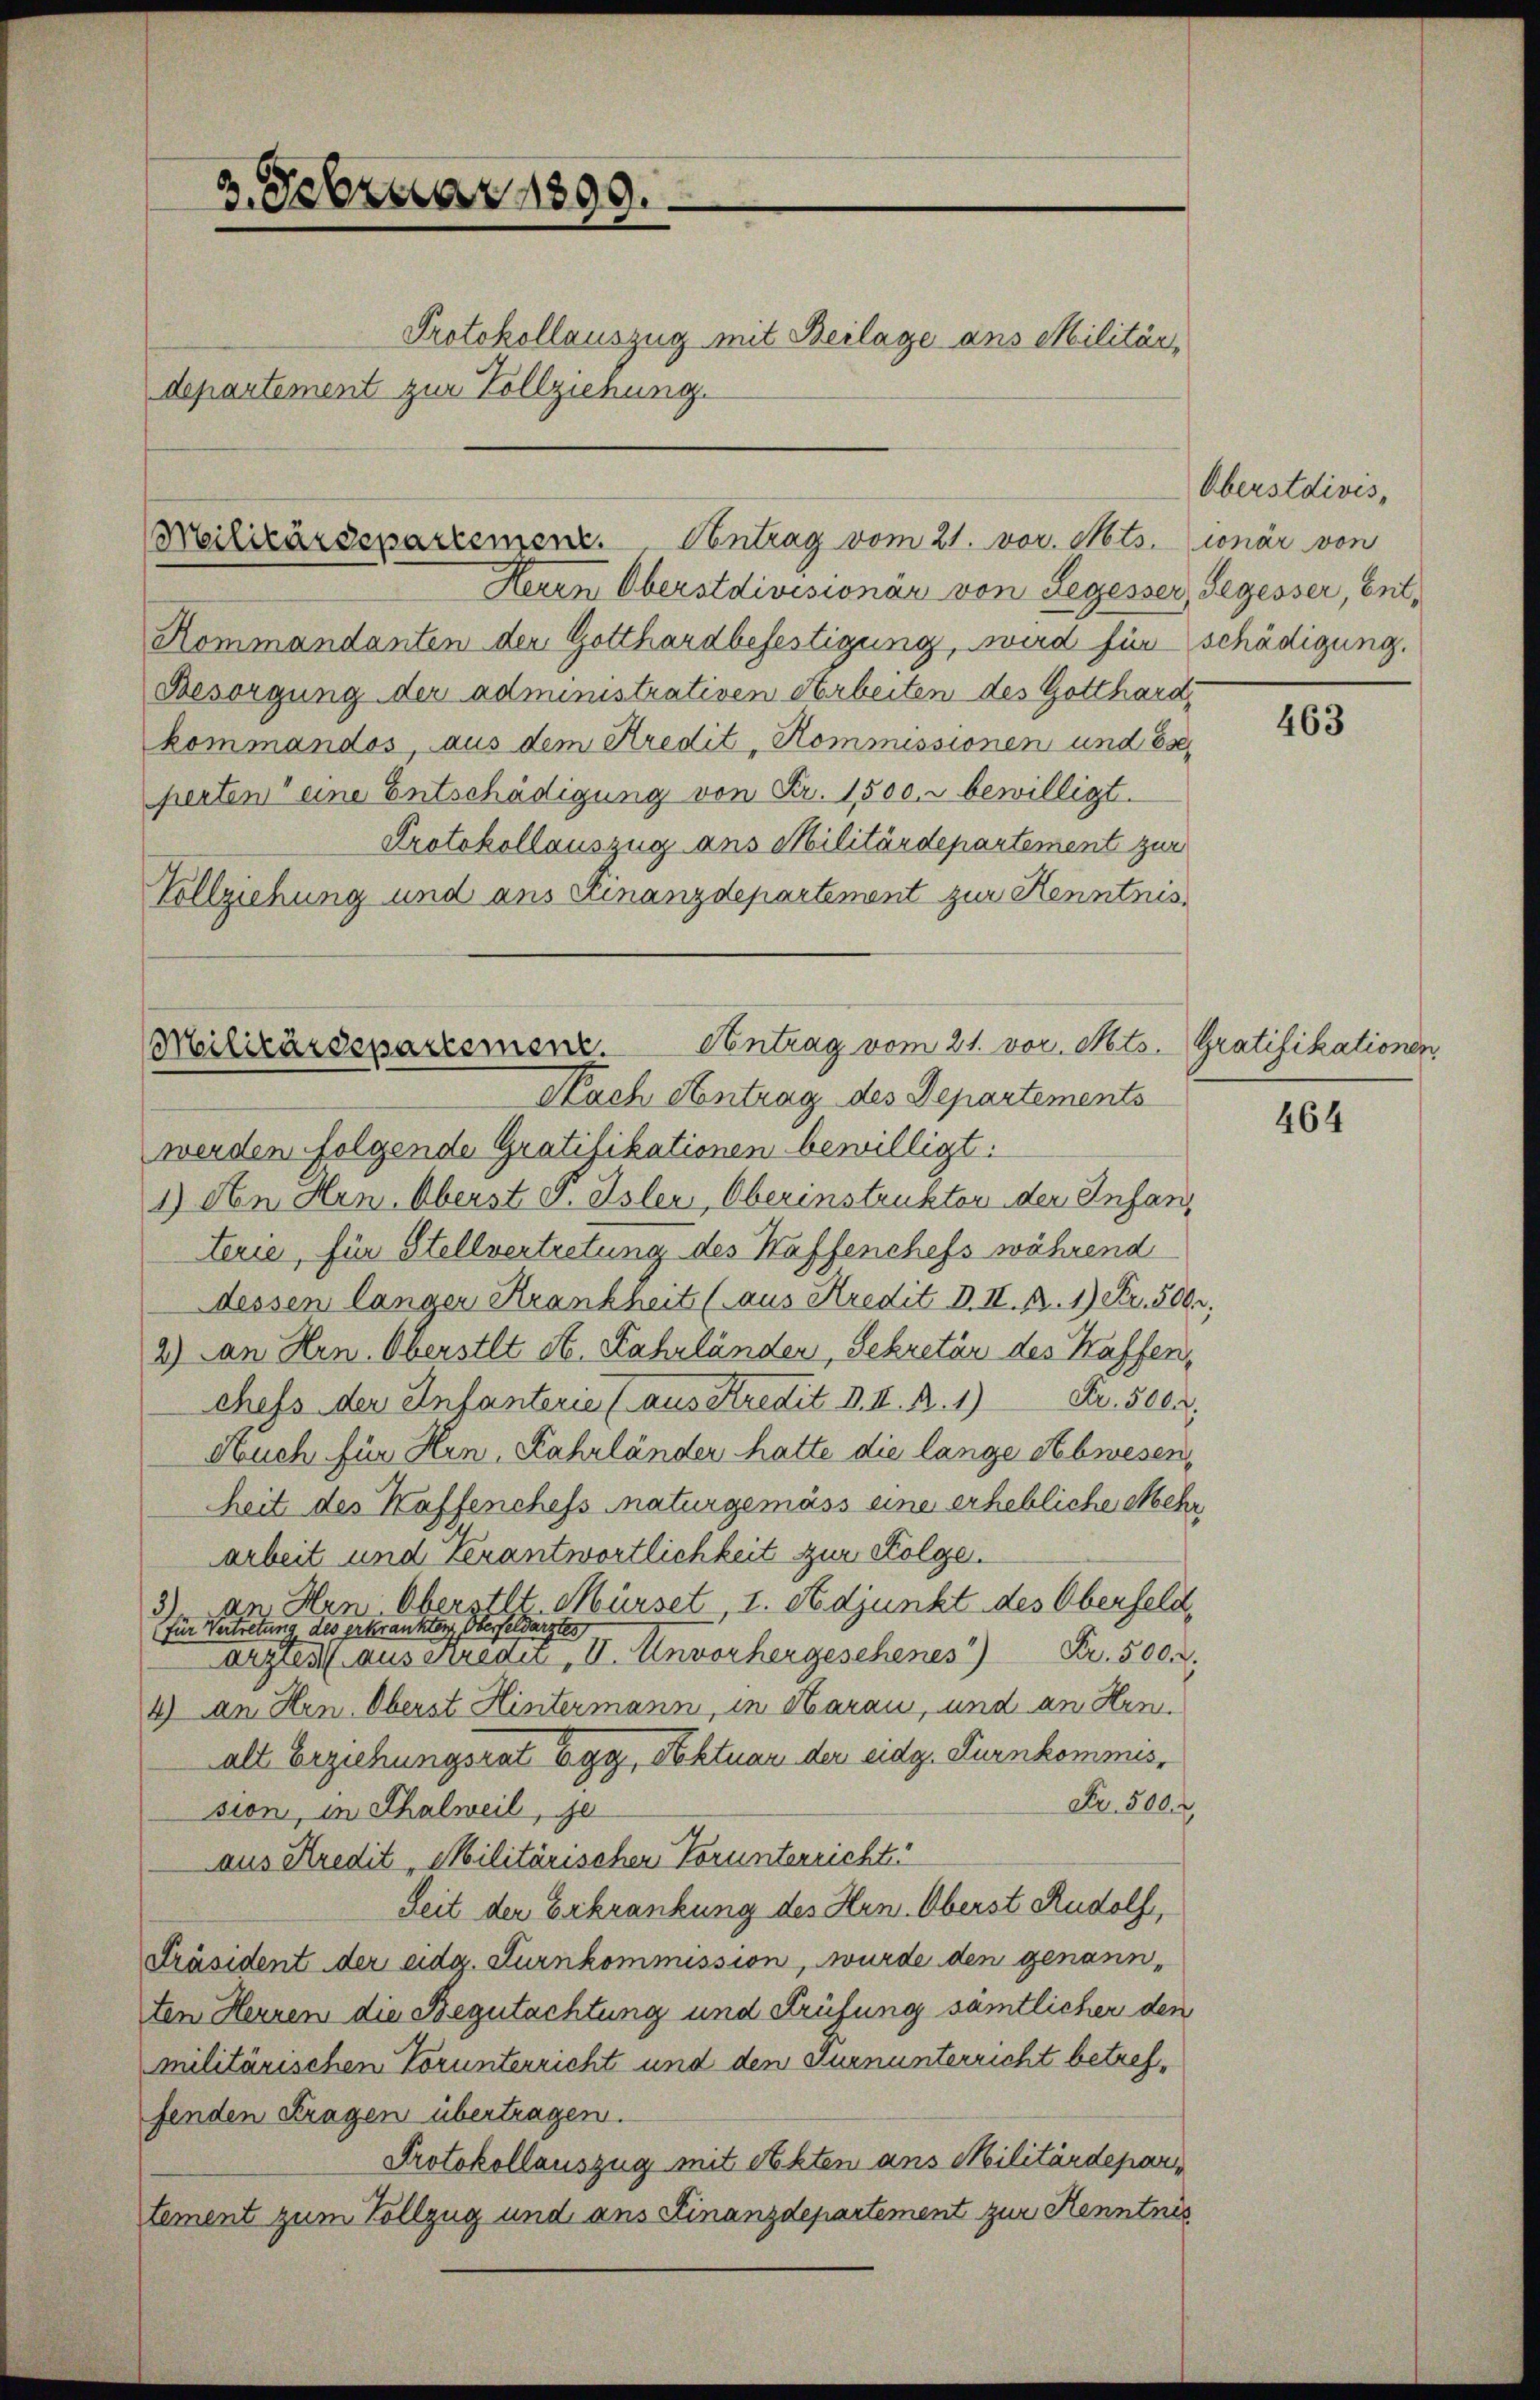
2. Februar 1899.

Protokollauszug mit Beilage ans Militär,
departement zur Vollziehung.

Militärdepartement. Antrag vom 21. vor. Mts. ionär von

Herrn Oberstdivisionär von Legesser, Segesser, Ent¬
Kommandanten der Gotthardbefestigung, wird für schädigung.
Besorgung der administrativen Arbeiten des Gotthard,
kommandos, aus dem Kredit-Kommissionen und beperten eine Entschädigung von Fr. 1500. r bewilligt.
Protokollauszug ans Militärdepartement zur
Vollziehung und aus Finanzdepartement zur Kenntnis

Antrag vom 21. vor. Mts. Gratifikationen,
Militärdepartement.
Nach Antrag des Departements

Oberstdivis,

werden folgende Gratifikationen bewilligt:
1) An Hrn. Oberst P. Isler, Oberinstruktor der Infanterie, für Stellvertretung des Waffenchefs während
dessen länger Krankheit (aus Kredit D. II. R. 1) Fr. 500,
2) an Hrn. Oberstlt St. Fahrländen, Sekretär des Kaffen,
chefs der Infanterie (aus Kredit d. II. A. 1) Fr. 5000.
Auch für Hrn. Fahrländer hatte die lange Abwesen,
heit des Kaffenchefs naturgemäss eine erhebliche Mehr
arbeit und Verantwortlichkeit zur Folge.
an. Hen Oberstlt. Mürset, I. Adjunkt des Oberfeld,
e
für Vertretung des erkrankten, Oberfeldarztes
Arztes aus Stredet, V. Unvorhergesehenes *) Fr. 500.
4) an Hrn. Oberst Hintermann, in Aarau, und an Hrn.
alt Erziehungsrat Egg, Aktuar der eidg. Turnkommis¬
Fr. 500.
sion, in Thalweil, so
aus Kredit, Militärischen Vorunterrichte
Seit der Erkrankung des Hrn. Oberst Rudolf,
Präsident der eidg. Turnkommission, wurde den genannten Herren die Begutachtung und Prüfung sämtlicher den
militärischen Vorunterricht und den Turnunterricht betreffenden Fragen übertragen.
Protokollauszug mit Akten ans Militärdepar
tement zum Vollzug und ans Finanzdepartement zur Kenntnis

463

464